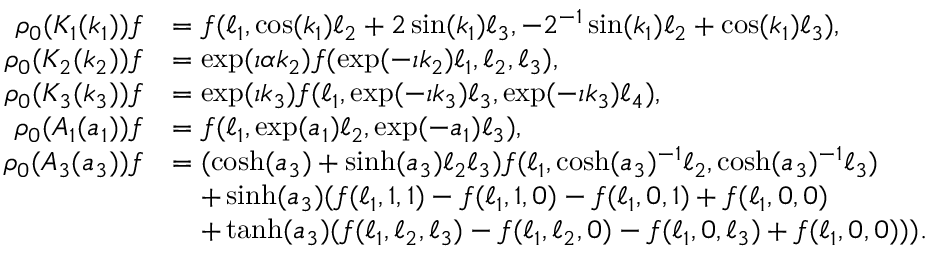
\begin{array} { r l } { \rho _ { 0 } ( K _ { 1 } ( k _ { 1 } ) ) f } & { = f ( \ell _ { 1 } , \cos ( k _ { 1 } ) \ell _ { 2 } + 2 \sin ( k _ { 1 } ) \ell _ { 3 } , - 2 ^ { - 1 } \sin ( k _ { 1 } ) \ell _ { 2 } + \cos ( k _ { 1 } ) \ell _ { 3 } ) , } \\ { \rho _ { 0 } ( K _ { 2 } ( k _ { 2 } ) ) f } & { = \exp ( \imath \alpha k _ { 2 } ) f ( \exp ( - \imath k _ { 2 } ) \ell _ { 1 } , \ell _ { 2 } , \ell _ { 3 } ) , } \\ { \rho _ { 0 } ( K _ { 3 } ( k _ { 3 } ) ) f } & { = \exp ( \imath k _ { 3 } ) f ( \ell _ { 1 } , \exp ( - \imath k _ { 3 } ) \ell _ { 3 } , \exp ( - \imath k _ { 3 } ) \ell _ { 4 } ) , } \\ { \rho _ { 0 } ( A _ { 1 } ( a _ { 1 } ) ) f } & { = f ( \ell _ { 1 } , \exp ( a _ { 1 } ) \ell _ { 2 } , \exp ( - a _ { 1 } ) \ell _ { 3 } ) , } \\ { \rho _ { 0 } ( A _ { 3 } ( a _ { 3 } ) ) f } & { = ( \cosh ( a _ { 3 } ) + \sinh ( a _ { 3 } ) \ell _ { 2 } \ell _ { 3 } ) f ( \ell _ { 1 } , \cosh ( a _ { 3 } ) ^ { - 1 } \ell _ { 2 } , \cosh ( a _ { 3 } ) ^ { - 1 } \ell _ { 3 } ) } \\ & { \quad + \sinh ( a _ { 3 } ) ( f ( \ell _ { 1 } , 1 , 1 ) - f ( \ell _ { 1 } , 1 , 0 ) - f ( \ell _ { 1 } , 0 , 1 ) + f ( \ell _ { 1 } , 0 , 0 ) } \\ & { \quad + \operatorname { t a n h } ( a _ { 3 } ) ( f ( \ell _ { 1 } , \ell _ { 2 } , \ell _ { 3 } ) - f ( \ell _ { 1 } , \ell _ { 2 } , 0 ) - f ( \ell _ { 1 } , 0 , \ell _ { 3 } ) + f ( \ell _ { 1 } , 0 , 0 ) ) ) . } \end{array}